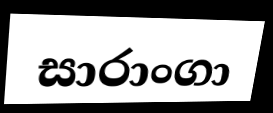
සාරාංගා